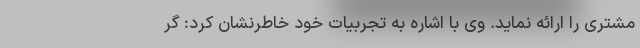
مشتری را ارائه نماید. وی با اشاره به تجربیات خود خاطرنشان کرد: گر